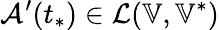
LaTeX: \mathcal{A}^{\prime}(t_{*})\in\mathcal{L}(\mathbb{V},\mathbb{V}^{*})